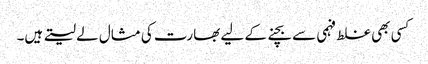
کسی بھی غلط فہمی سے بچنے کے لیے بھارت کی مثال لے لیتے ہیں۔